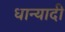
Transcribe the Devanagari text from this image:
धान्यादी